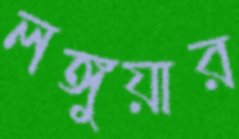
লঙ্গুয়ার